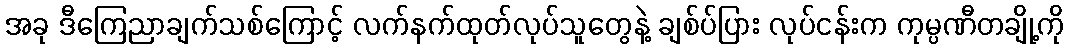
အခု ဒီကြေညာချက်သစ်ကြောင့် လက်နက်ထုတ်လုပ်သူတွေနဲ့ ချစ်ပ်ပြား လုပ်ငန်းက ကုမ္ပဏီတချို့ကို